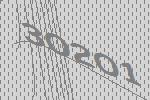
30201